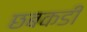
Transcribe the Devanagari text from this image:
छबकडी